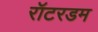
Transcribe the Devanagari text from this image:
रॉटरडम